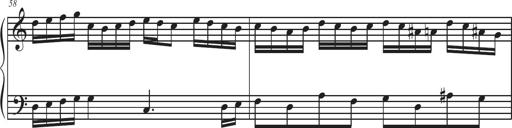
Title: Sonatina Espania
Composer: Jerald Franklin Archer
Key: Various